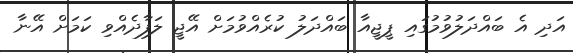
އަދި އެ ބައްދަލުވުމުގައި ޕީޖީއާ ބައްދަލު ކުރެއްވުމަށް އޭޖީ ލަފާދެއްވި ކަމަށް އޭނާ